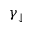
\gamma _ { \downarrow }